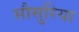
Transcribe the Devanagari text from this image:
सौसुरिया